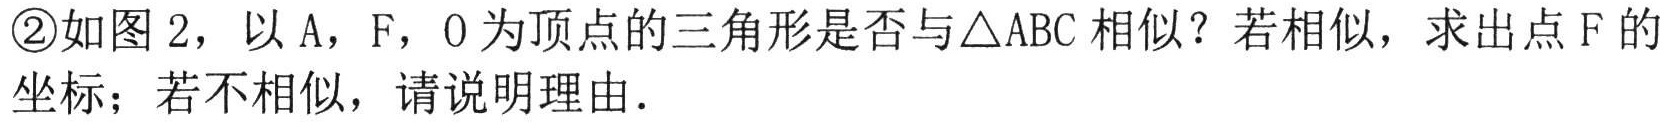
\textcircled{2}如图2，以\(A\)，\(F\)，\(O\)为顶点的三角形是否与\(\triangle ABC\)相似？若相似，求出点\(F\)的坐标；若不相似，请说明理由．